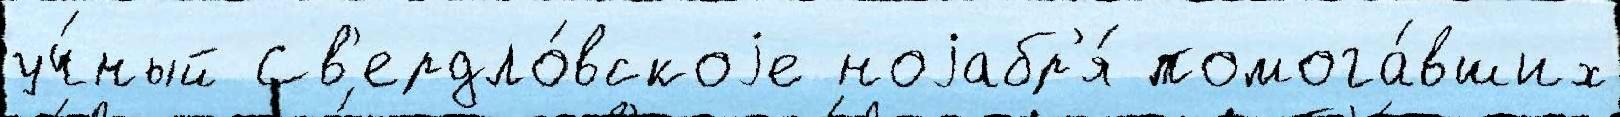
уч́ный Св'ердло́вскоjе ноjабр'я́ помога́вших